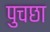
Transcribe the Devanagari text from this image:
पुचछा